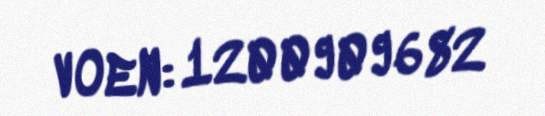
VOEN: 1200909682